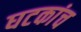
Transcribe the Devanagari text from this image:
घटकांच